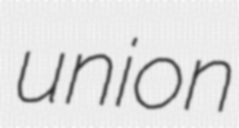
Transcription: union